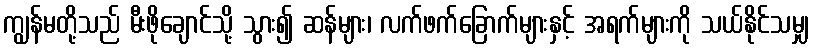
ကျွန်မတို့သည် မီးဖိုချောင်သို့ သွား၍ ဆန်များ၊ လက်ဖက်ခြောက်များနှင့် အရက်များကို သယ်နိုင်သမျှ